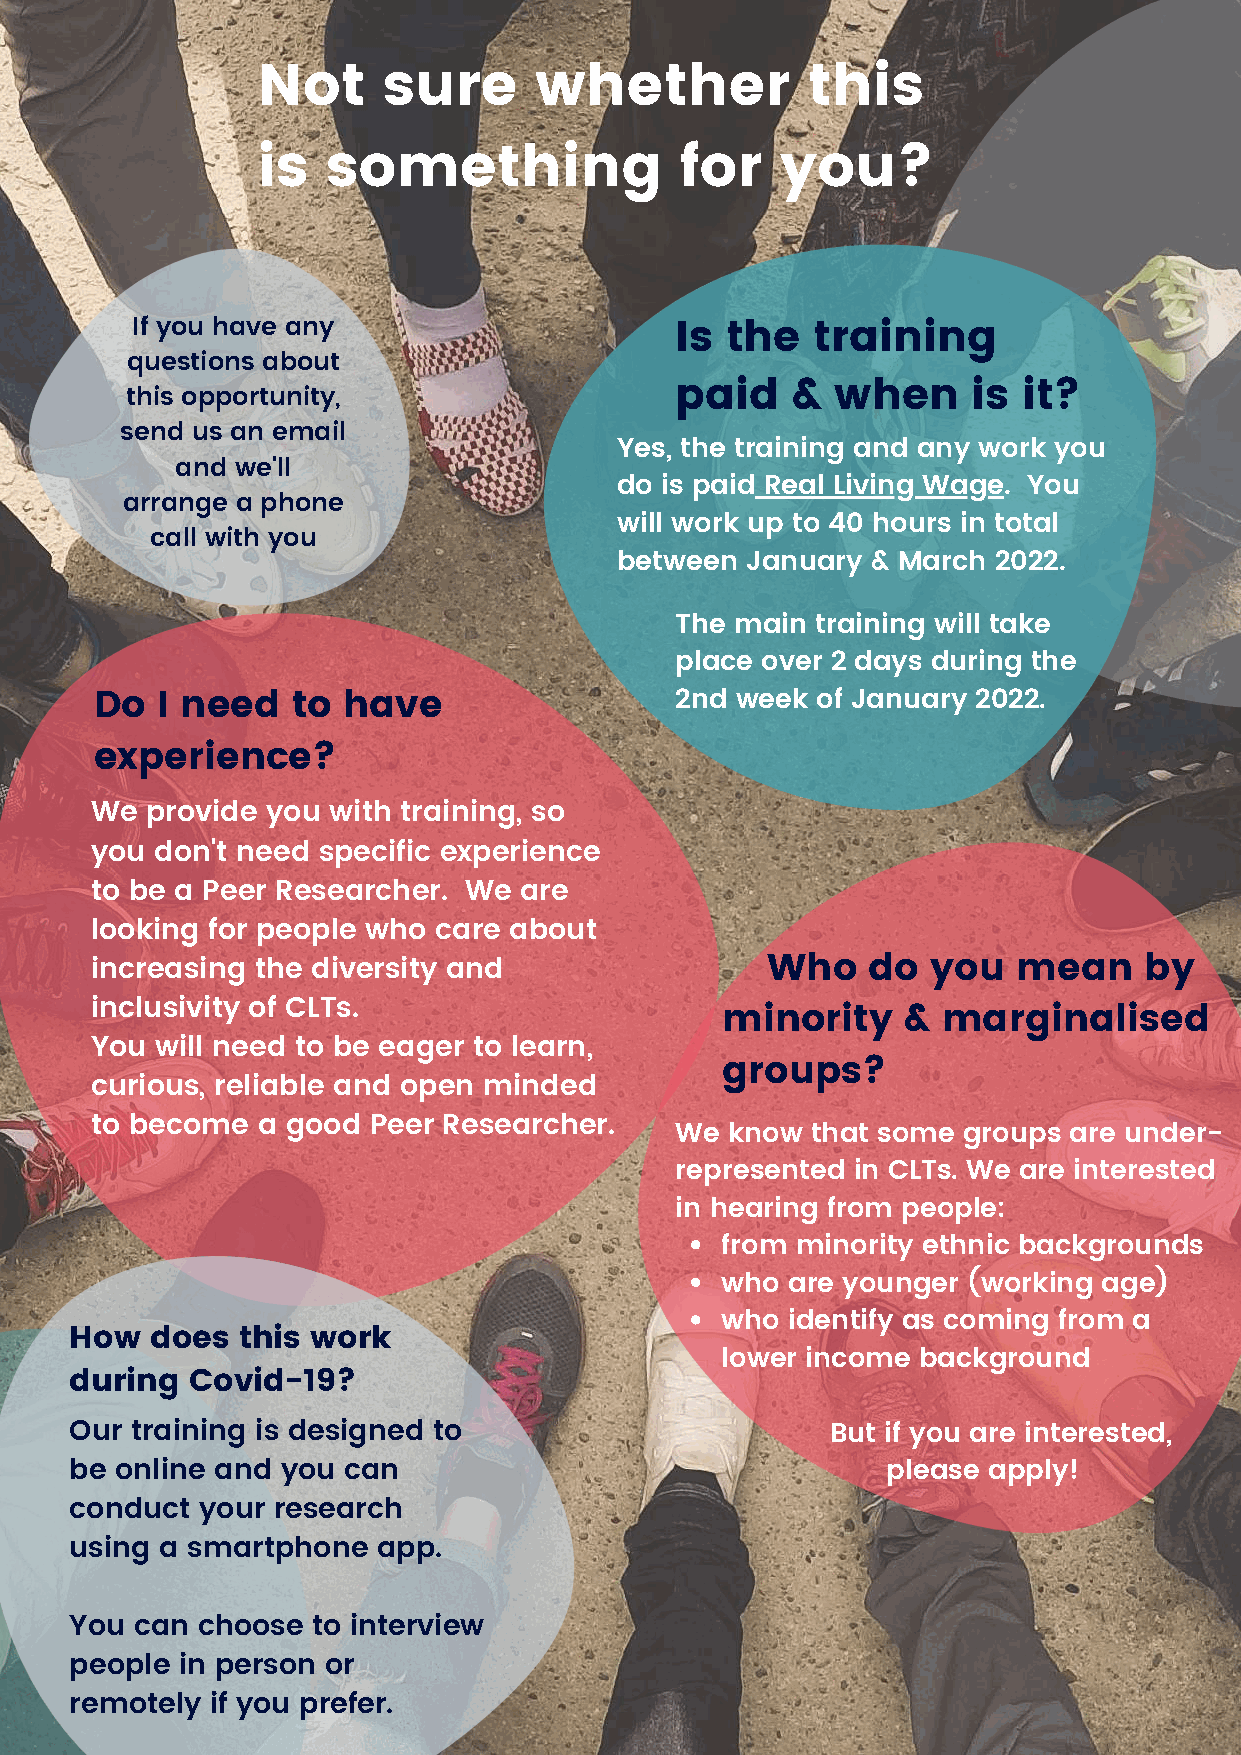
Not     sure      whether           this
 is   something              for    you?
 If you have any
 Is the   training
 questions about
 this opportunity,                    paid   &  when     is  it?
 send us an email
 Yes, the training and any work you
 and we'll
 do is paid Real Living Wage. You
 arrange a phone
 will work up to 40 hours in total
 call with you
 between January  & March 2022.
 The main training will take
 place over 2 days during the
 Do  I need   to  have                  2nd week of January 2022.
 experience?
 We  provide you with training, so
 you don't need specific experience
 to be a Peer Researcher. We are
 looking for people who care about
 increasing the diversity and                 Who   do   you  mean     by
 inclusivity of CLTs.
 minority    & marginalised
 You will need to be eager to learn,
 groups?
 curious, reliable and open minded
 to become  a good Peer Researcher.
 We know  that some groups are under-
 represented in CLTs. We are interested
 in hearing from people:
 from minority ethnic backgrounds
 who are younger (working age)
 who identify as coming from a
 How  does  this work
 lower income background
 during  Covid-19?
 Our training is designed to                       But if you are interested,
 be online and you can                                 please apply!
 conduct your research
 using a smartphone  app.
 You can choose  to interview
 people in person or
 remotely if you prefer.